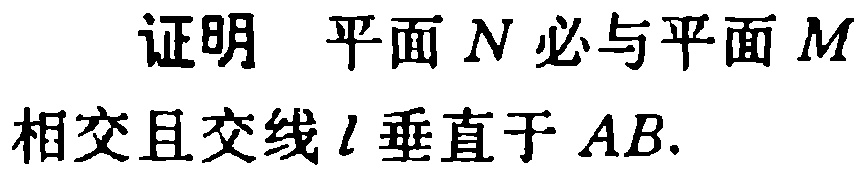
证明 平面$N$必与平面$M$相交且交线$l$垂直于$AB$.